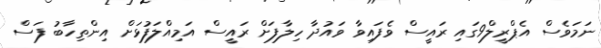
ނަމަވެސް އެޕްރީލް9ގައި ރައީސް ވެފައިވާ ވައުދާ ހިލާފަށް ރައީސް އަމިއްލަފުޅަށް އިންތިހާބު ފަސް